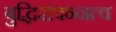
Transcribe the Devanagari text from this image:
बुद्धिसंपन्नत्व